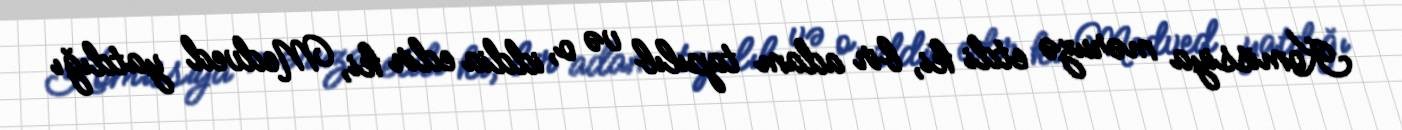
Komissiya məruzə etdi ki, bir adam tapılıb və o, iddia edir ki, Medved yatdığı